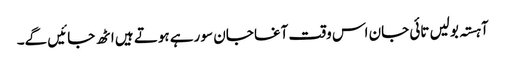
آہستہ بولیں تائی جان اس وقت آغا جان سو رہے ہوتے ہیں اٹھ جائیں گے۔